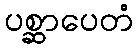
ပစ္ဆာပေတံ